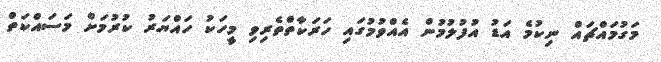
މަގުމައްޗައް ނިކުމެ އަޑު އުފުލުމުން އެއްވުުމުގައި ހަރަކާތްތެރިވި މީހަކު ހައްޔަރު ކުރުމަށް މަސައްކަތް